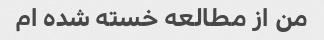
من از مطالعه خسته شده ام